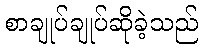
စာချုပ်ချုပ်ဆိုခဲ့သည်